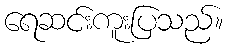
ရေဆင်းကူးပြသည်။